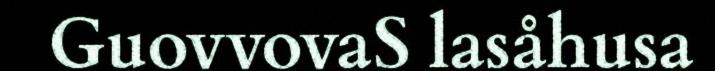
GuovvovaS lasåhusa